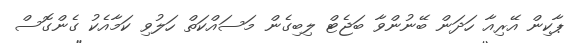
ޕާކިން އޭރިއާ ހަދަން ބޭނުންވާ ބަޖެޓް ލިބިގެން މަސައްކަތް ހަލުވި ކަމާއެކު ގެންގޮސް